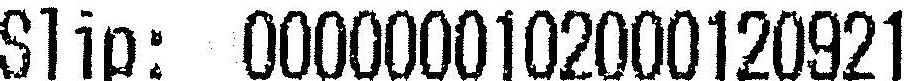
SLIP: 0000000102000120921